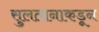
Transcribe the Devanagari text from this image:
सुलतानाकडून